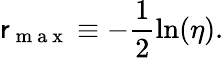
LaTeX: \mathsf{r}_{\mathrm{{~m~a~x~}}}\equiv-\frac{{1}}{{2}}\ln(\eta).